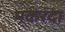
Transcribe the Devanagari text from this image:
मकरंदा